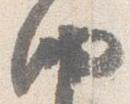
納